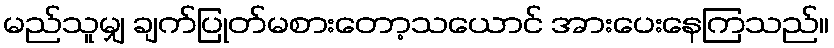
မည်သူမျှ ချက်ပြုတ်မစားတော့သယောင် အားပေးနေကြသည်။